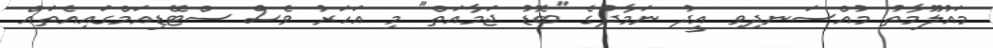
މައުލޫމާތު މުއްސަނދިވި އީދު ނަމާދުގެ "ބޮޑު ޖަމާއަތް" މި އަަހަރު ވެސް ސްޓޭޑިއަމްގައިއެތައް